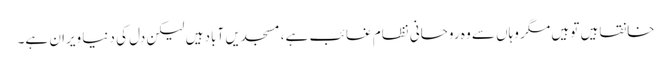
خانقاہیں تو ہیں مگر وہاں سے وہ روحانی نظام غائب ہے، مسجدیں آباد ہیں لیکن دل کی دنیا ویران ہے۔